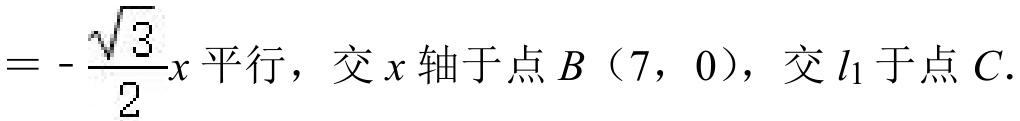
$=-\frac{\sqrt{3}}{2}x平行，交x轴于点B（7，0），交l_{1}于点C.$